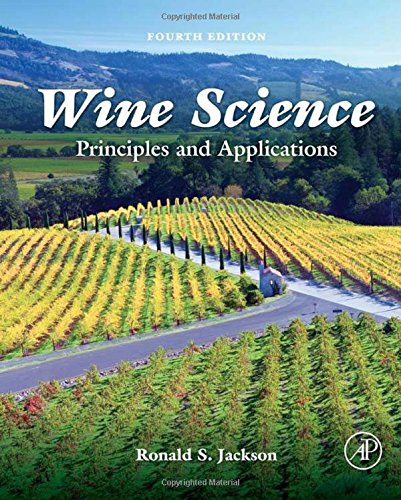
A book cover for Wine Science, Fourth Edition: Principles and Applications (Food Science and Technology); Ronald S. Jackson; Cookbooks, Food & Wine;